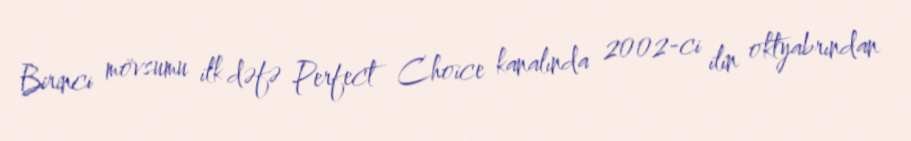
Birinci mövsumu ilk dəfə Perfect Choice kanalında 2002-ci ilin oktyabrından